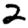
Digit: 2